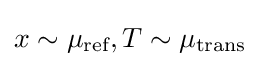
x\sim \mu _{\text{ref}},T\sim \mu _{\text{trans}}